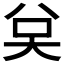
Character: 𭑉